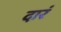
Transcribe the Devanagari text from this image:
दारं